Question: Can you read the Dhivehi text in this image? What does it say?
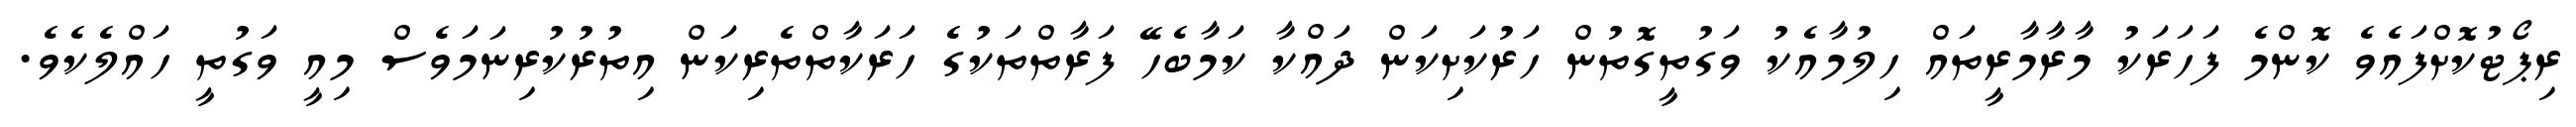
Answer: ރިޕޯޓުކޮށްފައެވެ ކޮންމެ ފަހަރަކު މާރާމާރީތައް ހިލުމާއެކު ވަގުތީގޮތުން ހަރުކަށިކަން ދައްކާ ކަމާބެހޭ ފަރާތްތަކުގެ ހަރަކާތްތެރިކަން އިތުރުކުރިނަމަވެސް މިއީ ވަގުތީ ހައްލެކެވެ.